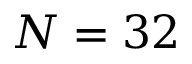
N = 3 2